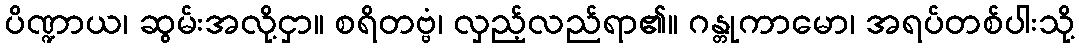
ပိဏ္ဍာယ၊ ဆွမ်းအလို့ငှာ။ စရိတဗ္ဗံ၊ လှည့်လည်ရာ၏။ ဂန္တုကာမော၊ အရပ်တစ်ပါးသို့